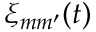
\xi _ { m m ^ { \prime } } ( t )